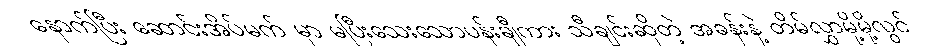
နောက်ပြီး ဆောင်းအိပ်မက် မှာ မပြီးသေးသောပန်းချီကား သီချင်းဆိုတဲ့ အခန်းနဲ့ တိမ်လွှာမို့မို့လွင်